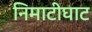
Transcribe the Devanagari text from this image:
निमाटीघाट